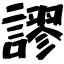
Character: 謬